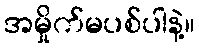
အမှိုက်မပစ်ပါနဲ့။